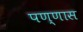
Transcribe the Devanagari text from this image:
पण्णास